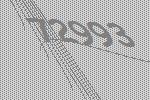
72993